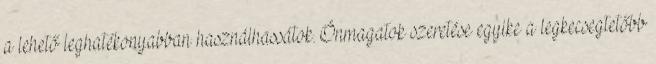
a lehető leghatékonyabban használhassátok. Önmagatok szeretése egyike a legkecsegtetőbb